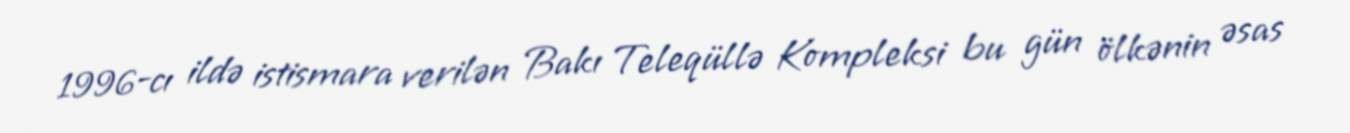
1996-cı ildə istismara verilən Bakı Teleqüllə Kompleksi bu gün ölkənin əsas